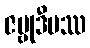
ဇမ္ဗုဒီပဿ